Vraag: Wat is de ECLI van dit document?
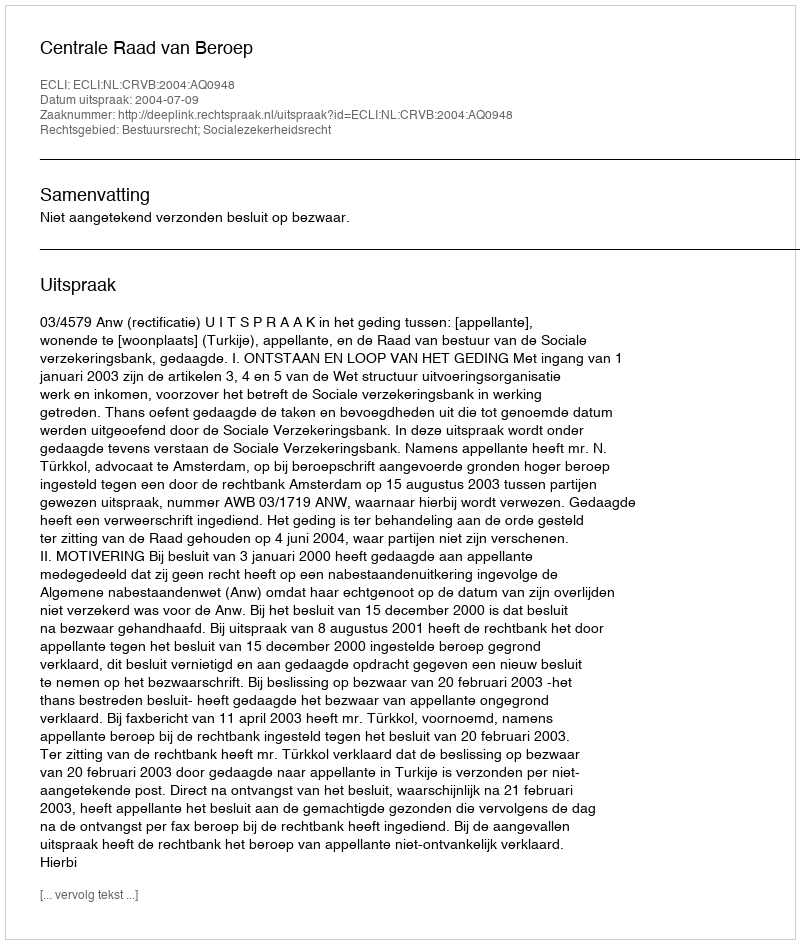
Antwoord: ECLI:NL:CRVB:2004:AQ0948